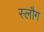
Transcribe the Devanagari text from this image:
स्लौग